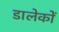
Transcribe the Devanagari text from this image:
डालेकों